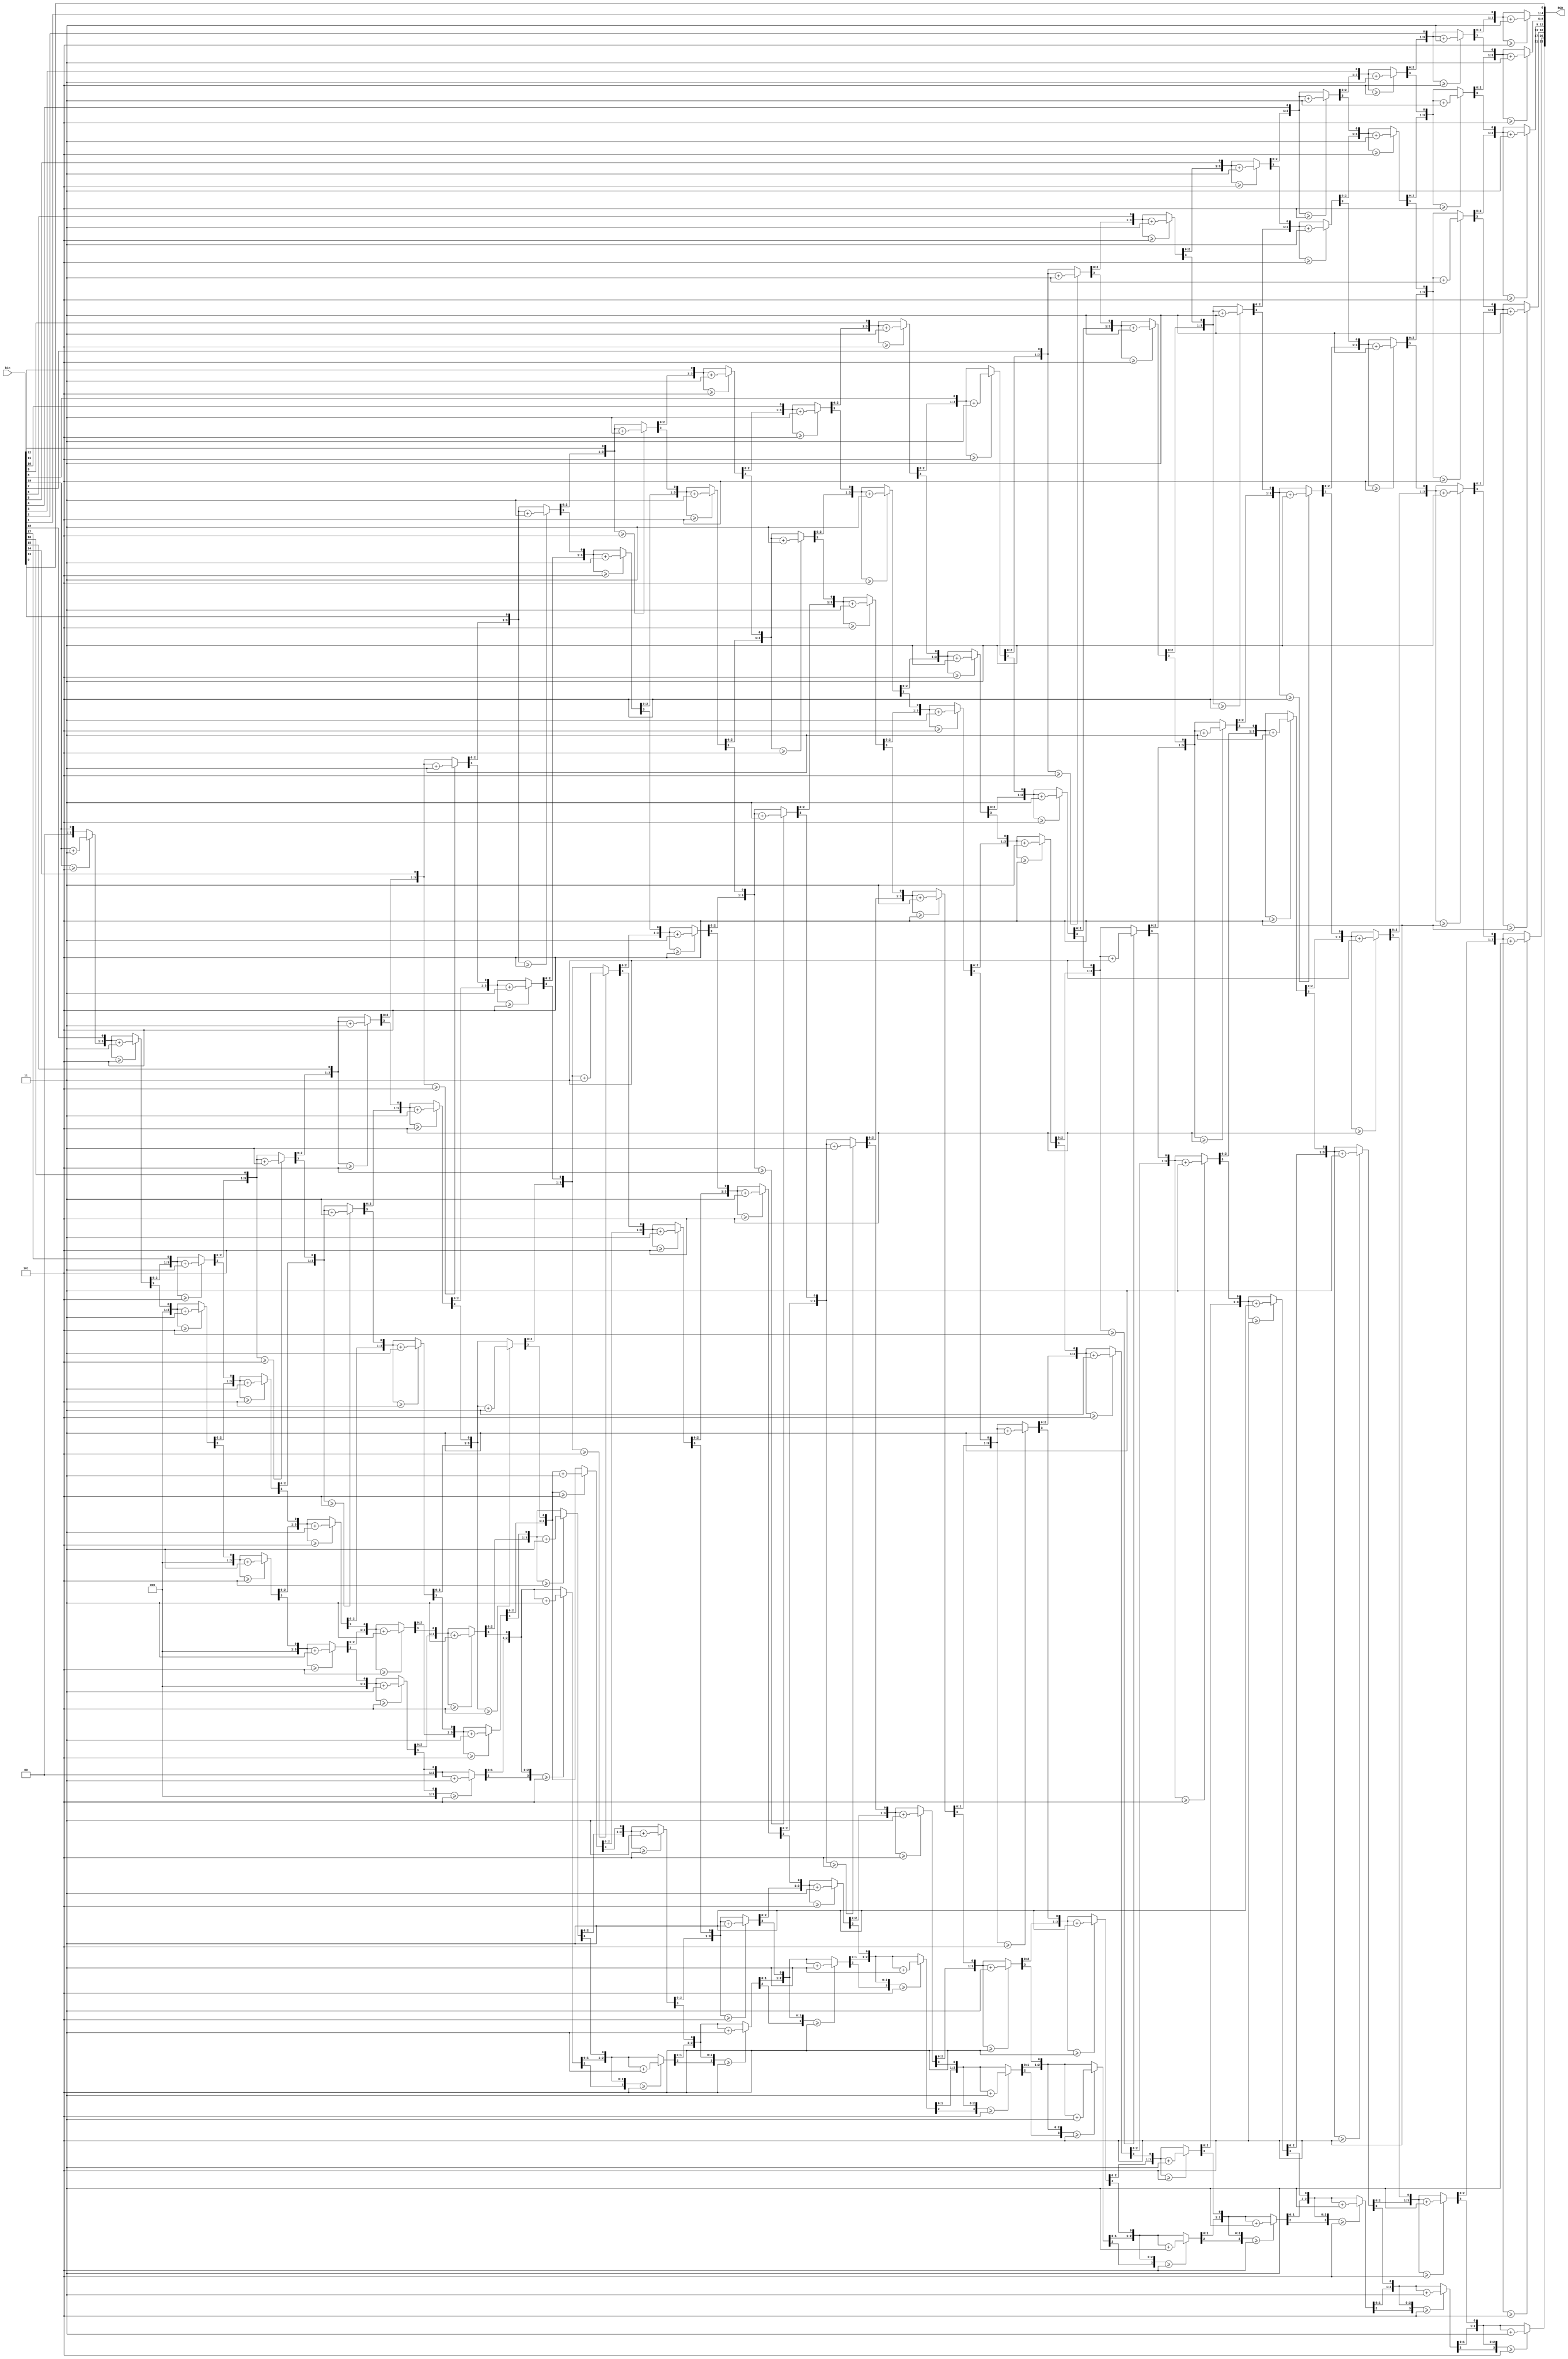
module bin2BCD(
	input [19:0] bin,
	output [23:0] BCD
	);
	
   reg [4:0] i;
	reg [43:0] tmp;
	
	
   
   always @(bin)
   begin
      // Clear previous number and store new number in tmp register
      tmp[43:20] = 24'b0;
      tmp[19:0] = bin;
      
      // Loop 20 times
      for (i=5'b0; i<5'b10100; i=i+5'b1) begin
         if (tmp[23:20] >= 4'b101) tmp[23:20] = tmp[23:20] + 4'b11;
            
         if (tmp[27:24] >= 4'b101) tmp[27:24] = tmp[27:24] + 4'b11;
            
         if (tmp[31:28] >= 4'b101) tmp[31:28] = tmp[31:28] + 4'b11;
			
			if (tmp[35:32] >= 4'b101) tmp[35:32] = tmp[35:32] + 4'b11;
			
			if (tmp[39:36] >= 4'b101) tmp[39:36] = tmp[39:36] + 4'b11;
			
			if (tmp[43:40] >= 4'b101) tmp[43:40] = tmp[43:40] + 4'b11;
         
         // tmp entire register left once
         tmp = tmp << 1;
      end
	end
	assign BCD = tmp[43:20];
	
endmodule